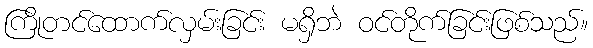
ကြိုတင်ထောက်လှမ်းခြင်း မရှိဘဲ ဝင်တိုက်ခြင်းဖြစ်သည်။